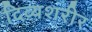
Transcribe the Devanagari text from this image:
दिव्यशरीर